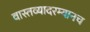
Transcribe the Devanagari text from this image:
वास्तव्यादरम्यानच